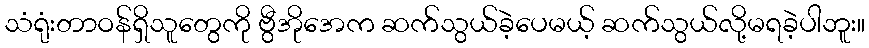
သံရုံးတာဝန်ရှိသူတွေကို ဗွီအိုအေက ဆက်သွယ်ခဲ့ပေမယ့် ဆက်သွယ်လို့မရခဲ့ပါဘူး။